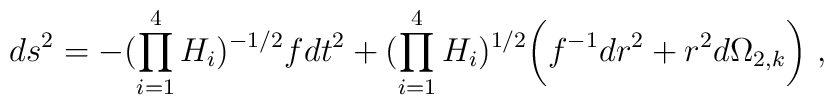
ds^2 = - {(\prod_{i=1}^4 H_i)^{-1/2}} f dt^2 + (\prod_{i=1}^4 H_i)^{1/2} 	\bigg(f^{-1} {dr^2} + 	r^2 d\Omega_{2,k} \bigg) \ ,